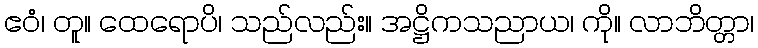
ဧဝံ၊ တူ။ ထေရောပိ၊ သည်လည်း။ အဋ္ဌိကသညာယ၊ ကို။ လာဘိတ္တာ၊